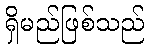
ရှိမည်ဖြစ်သည်